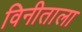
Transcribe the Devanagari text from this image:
विनीताला